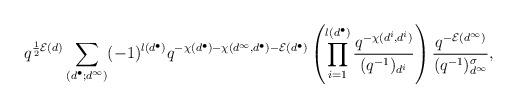
LaTeX: \begin{align*}q^{\frac{1}{2} \mathcal{E}(d)} \sum_{(d^{\bullet}; d^{\infty})} (-1)^{l(d^{\bullet})} q^{-\chi( d^{\bullet} ) - \chi( d^{\infty}, d^{\bullet} ) - \mathcal{E}(d^{\bullet})} \left( \prod_{i=1}^{l(d^{\bullet})} \frac{q^{-\chi( d^i , d^i )}}{(q^{-1})_{d^i}} \right) \frac{q^{-\mathcal{E}(d^{\infty})}}{(q^{-1})^{\sigma}_{d^{\infty}}},\end{align*}